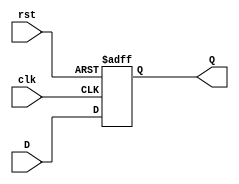
module Program_Counter #(parameter W = 32) (
    input clk,rst,
    input [W-1:0] D,
    output reg [W-1:0] Q
);

always @(posedge clk or negedge rst) begin
    if(!rst) begin
        Q <= 0;
    end
    else begin
        Q <= D;
    end
end
endmodule